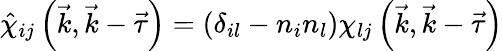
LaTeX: \hat{\chi}_{ij}\left(\vec{k},\vec{k}-\vec{\tau}\right)=\left(\delta_{il}-n_{i}n_{l}\right)\chi_{lj}\left(\vec{k},\vec{k}-\vec{\tau}\right)